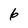
Character: 6